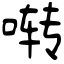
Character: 啭